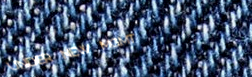
UNDER NEW MGMT